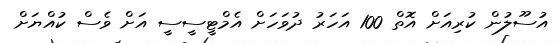
އުސޫލުން ކުރިއަށް އޮތް 100 އަހަރު ދުވަަހަށް އެމްޓީސީސީ އަށް ވެސް ކުއްޔަށް